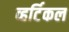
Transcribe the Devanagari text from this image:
व्हर्टिकल